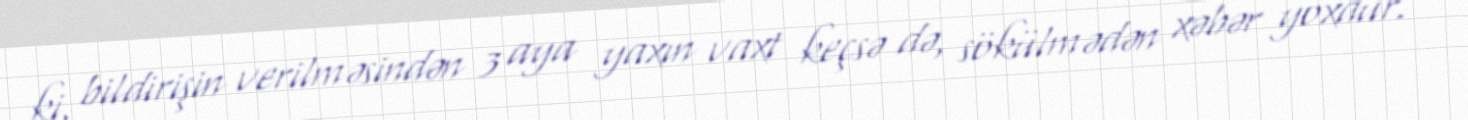
ki, bildirişin verilməsindən 3 aya yaxın vaxt keçsə də, sökülmədən xəbər yoxdur.